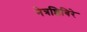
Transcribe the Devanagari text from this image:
नेत्रशिबिरे